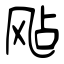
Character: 飐